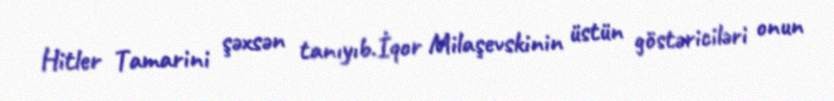
Hitler Tamarini şəxsən tanıyıb.İqor Milaşevskinin üstün göstəriciləri onun